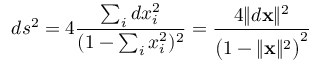
d s ^ { 2 } = 4 { \frac { \sum _ { i } d x _ { i } ^ { 2 } } { ( 1 - \sum _ { i } x _ { i } ^ { 2 } ) ^ { 2 } } } = { \frac { 4 \lVert d \mathbf { x } \rVert ^ { 2 } } { { \bigl ( } 1 - \lVert \mathbf { x } \rVert ^ { 2 } { \bigr ) } ^ { 2 } } }